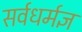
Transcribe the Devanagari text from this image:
सर्वधर्मज्ञ